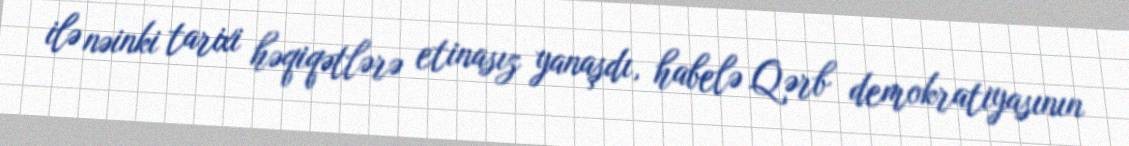
ilə nəinki tarixi həqiqətlərə etinasız yanaşdı, habelə Qərb demokratiyasının